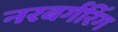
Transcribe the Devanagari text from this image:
नरबर्गरिंग